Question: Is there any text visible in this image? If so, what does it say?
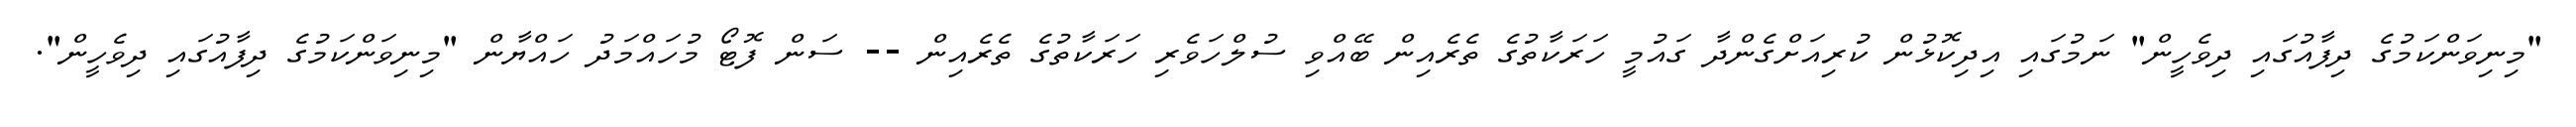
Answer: "މިނިވަންކަމުގެ ދިފާއުގައި ދިވެހީން" ނަމުގައި އިދިކޮޅުން ކުރިއަށްގެންދާ ގައުމީ ހަރަކާތުގެ ތެރެއިން ބޭއްވި ސުލްހަވެރި ހަރަކާތުގެ ތެރެއިން -- ސަން ފޮޓޯ މުހައްމަދު ހައްޔާން "މިނިވަންކަމުގެ ދިފާއުގައި ދިވެހީން".